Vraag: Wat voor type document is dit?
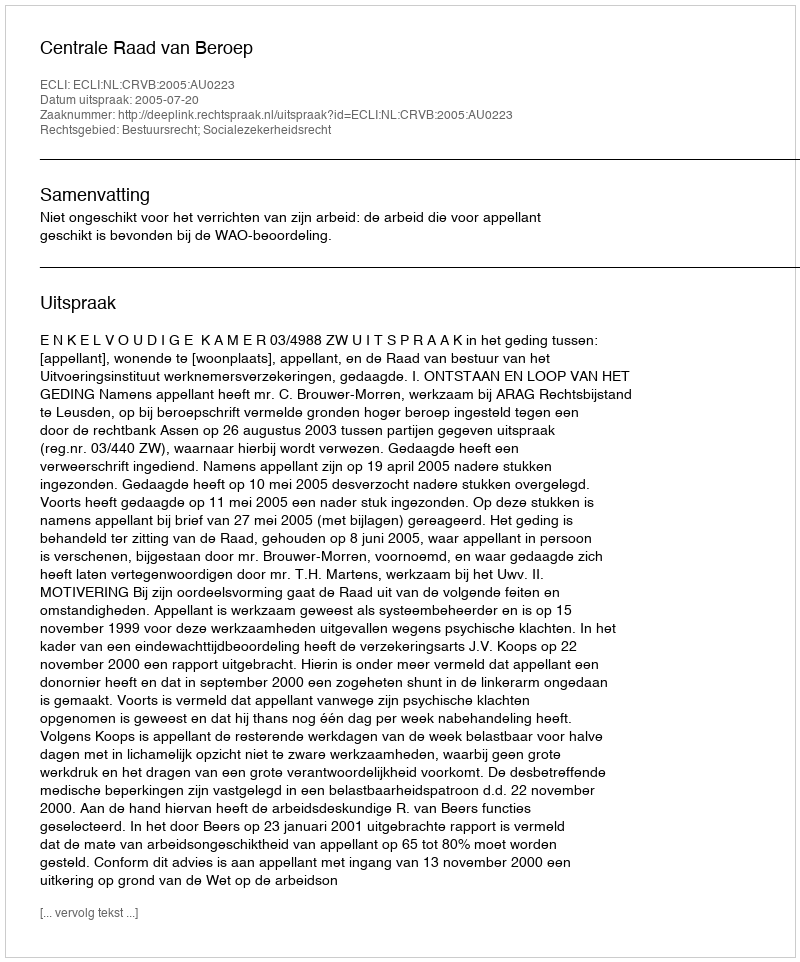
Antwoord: Uitspraak